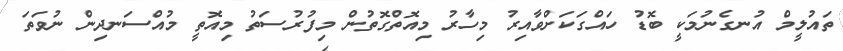
ތައުލީމް އުނގެނުމަކީ ބޮޑު ހައްގަކަށްވާއިރު މިހާރު މިއޮތްގޮތުން މިފުރުސަތު މިއޮތީ މުއްސަނދިން ނުވަތަ